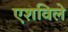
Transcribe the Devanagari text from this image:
एशविले